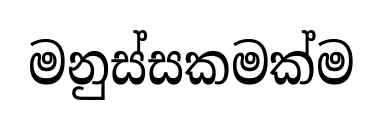
මනුස්සකමක්ම